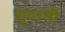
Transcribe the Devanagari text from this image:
गुदाती